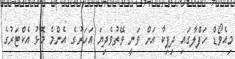
މިއެވޯޑް ހަފްލާގައި ދިޕިކާ އަށް ވަނީ ވޭތުވެދިޔަ އަހަރުގެ އެންމެ މޮޅު އެކްޓަރުގެ